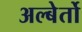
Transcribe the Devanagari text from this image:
अल्बेर्तो